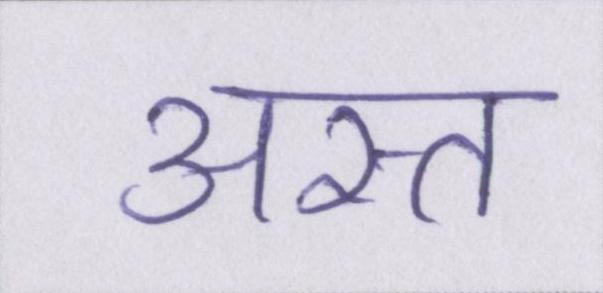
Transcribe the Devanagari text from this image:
अस्त